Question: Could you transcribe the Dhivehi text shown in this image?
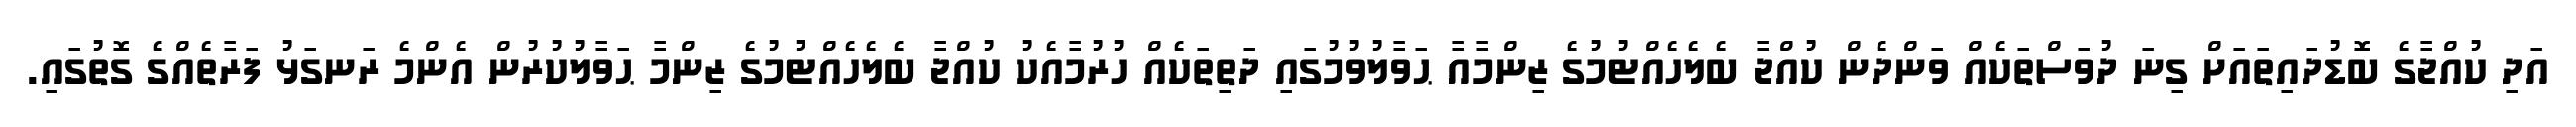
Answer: އަދި ކުއްޖާގެ ބޮޑުދައިތައަށް ގިނަ ދުވަސްތަކެއް ވަންދެން ކުއްޖާ ބެލެހެއްޓުމުގެ ޒިންމާއާ ޙަވާލުވުމުގައި ދަތިތަކެއް ހުރުމާއެކު ކުއްޖާ ބެލެހެއްޓުމުގެ ޒިންމާ ޙަވާލުކުރުން އެންމެ ރަނގަޅު ފަރާތެއްގެ ގޮތުގައި.